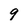
Character: 9